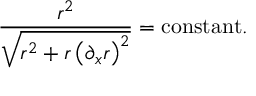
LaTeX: \frac { r ^ { 2 } } { \sqrt { r ^ { 2 } + r \left( { { \partial } _ { x } r } \right) ^ { 2 } } } = { \mathrm { c o n s t a n t } } .